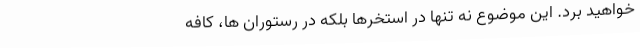
خواهید برد. این موضوع نه تنها در استخرها بلکه در رستوران ها، کافه